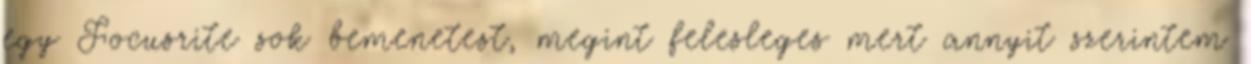
egy Focusrite sok bemenetest, megint felesleges mert annyit szerintem